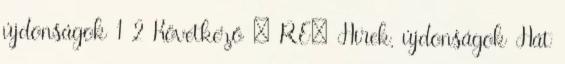
újdonságok 1 2 Következő » RE: Hírek, újdonságok Hát